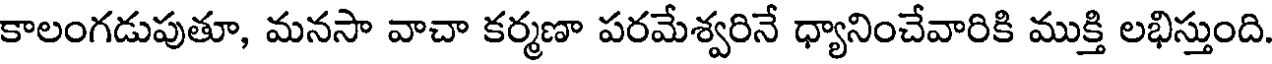
కాలంగడుపుతూ, మనసా వాచా కర్మణా పరమేశ్వరినే ధ్యానించేవారికి ముక్తి లభిస్తుంది